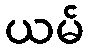
ယမ်